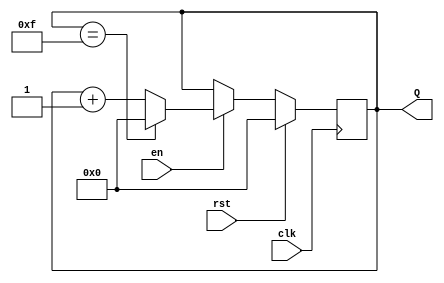
module UpCounterWithEnable (
    input wire clk,       // Clock input
    input wire en,       // Enable signal
    input wire rst,      // Synchronous reset
    output reg [3:0] Q   // 4-bit output for count value
);

    // Maximum count value
    localparam MAX_COUNT = 4'b1111; // 15 in decimal

    always @(posedge clk) begin
        if (rst) begin
            // Reset the counter to 0
            Q <= 4'b0000;
        end else if (en) begin
            // Increment the counter and wrap around
            if (Q == MAX_COUNT) begin
                Q <= 4'b0000; // Wrap around to 0
            end else begin
                Q <= Q + 1;   // Increment the counter
            end
        end
        // If rst is low and en is low, do nothing (hold current value)
    end

endmodule